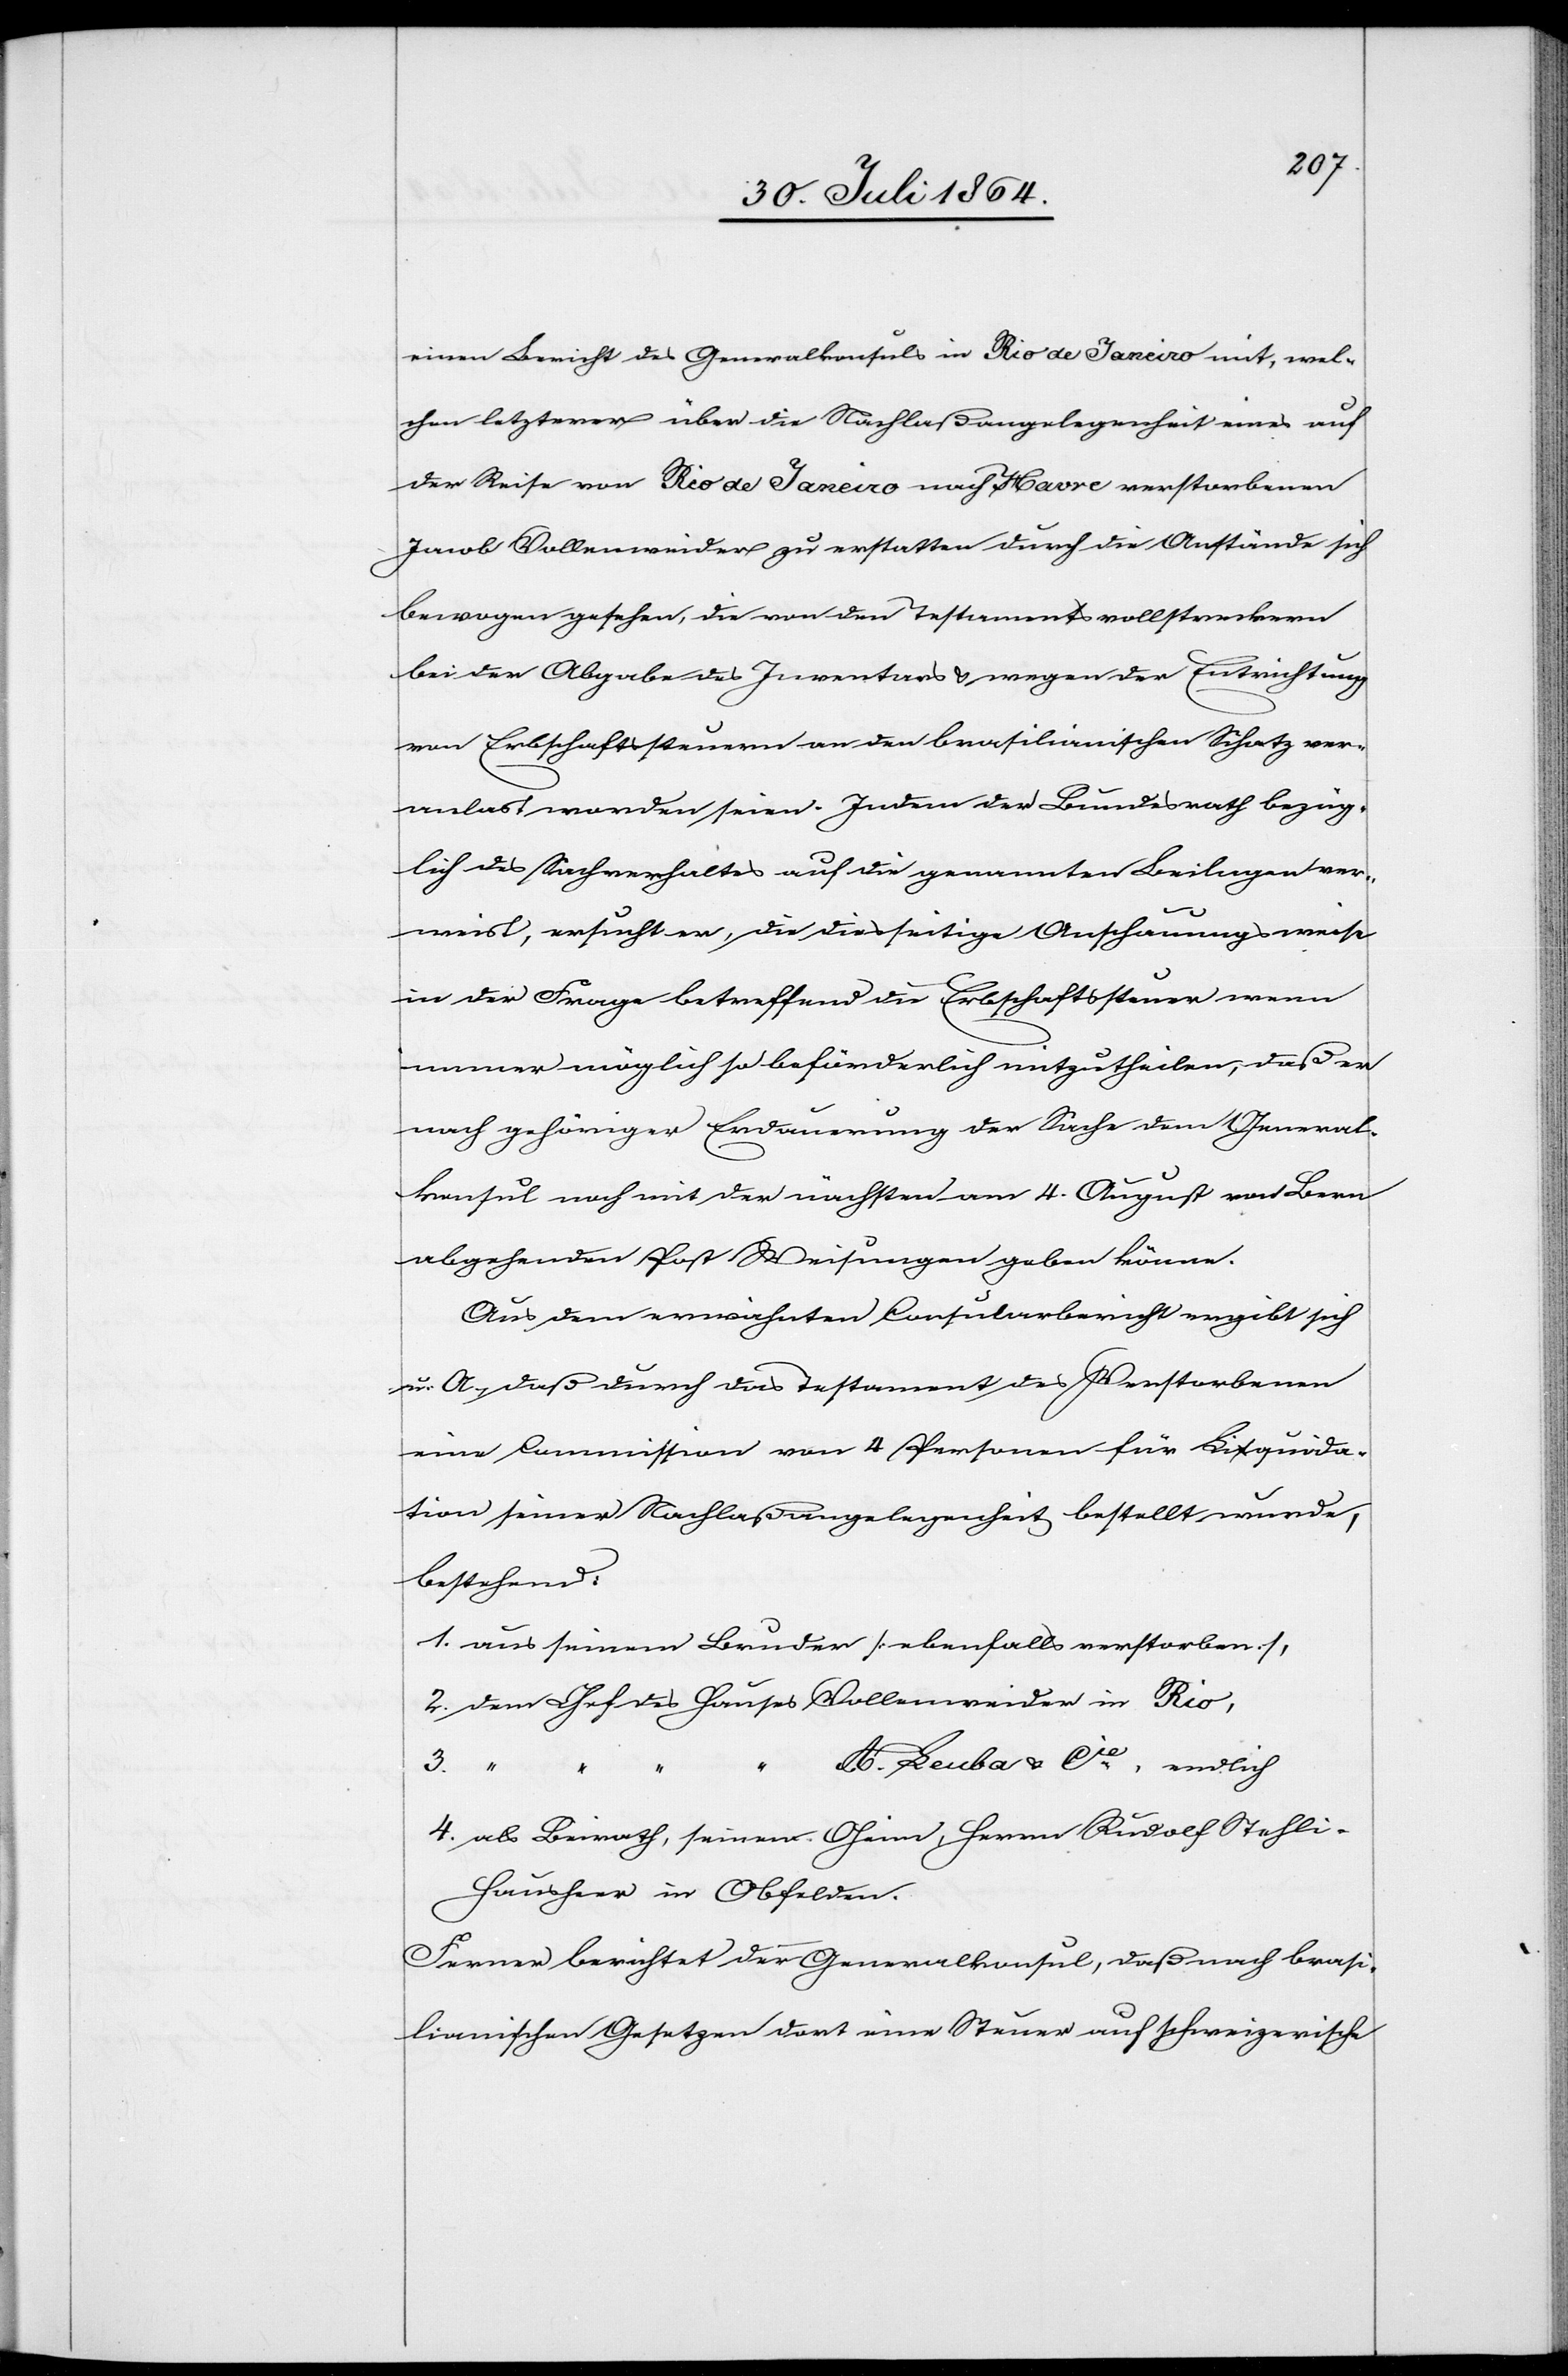
einen Bericht des Generalkonsuls in Rio de Janeiro mit, wel¬
chen letzterer über die Nachlaßangelegenheit eines auf
der Reise von Rio de Janeiro nach Havre verstorbenen
Jacob Vollenweider zu erstatten durch die Anstände sich
bewogen gesehen, die von den Testamentsvollstreckern
bei der Abgabe des Inventars & wegen der Entrichtung
von Erbschaftssteuern an den brasilianischen Schatz ver¬
anlas[s]t worden seien. Indem der Bundesrath bezüg¬
lich des Sachverhaltes auf die genannten Beilagen ver¬
weist, ersucht er, die diesseitige Anschauungsweise
in der Frage betreffend Erbschaftssteuern wenn
immer möglich so beförderlich mitzutheilen, daß er
nach gehöriger Erdauerung der Sache dem General¬
abgehenden Post Weisungen geben könne.
Aus dem erwähnten Consularbericht ergibt sich
u. A., daß durch das Testament des Verstorbenen
eine Commission von 4 Personen für Liquida¬
tion seiner Nachlaßangelegenheit bestellt wurde,
bestehend:
1. aus seinem Bruder [ebenfalls verstorben],
2. dem Chef des Hauses Vollenweider in Rio,
A. Leuba & Cie, endlich
3.
konsul
4.
4. als Beirath, seinen Oheim, Herrn Rudolf Stehli-H¬
ausherr in Obfelden
Ferner berichtet der Generalkonsul, daß nach brasi¬
lianischen Gesetzen dort eine Steuer auf schweizerische